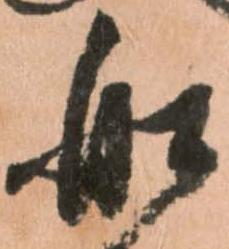
船